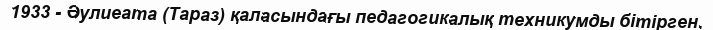
1933 - Әулиеата (Тараз) қаласындағы педагогикалық техникумды бітірген.